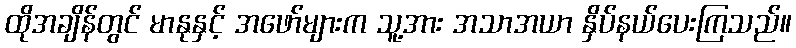
ထိုအချိန်တွင် မာနုနှင့် အဖော်များက သူ့အား အသာအယာ နှိပ်နယ်ပေးကြသည်။